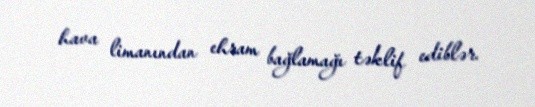
hava limanından ehram bağlamağı təklif ediblər.